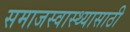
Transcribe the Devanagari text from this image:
समाजस्वास्थ्यासाठी